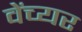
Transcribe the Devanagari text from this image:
वेंच्यर